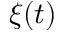
\xi ( t )